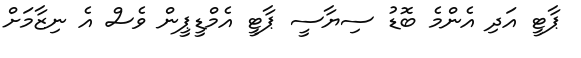
ޕާޓީ އަދި އެންމެ ބޮޑު ސިޔާސީ ޕާޓީ އެމްޑީޕީން ވެސް އެ ނިޒާމަށް